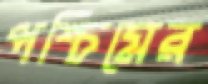
পশ্চিমের